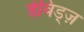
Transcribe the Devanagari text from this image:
डेविड्ज़